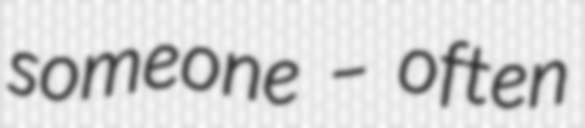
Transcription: someone – often